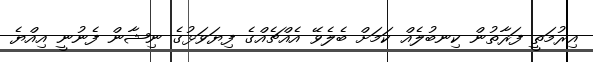
އިރުމަތީ ފަރާތުން ކިނބުލެއް ކަމަށް ބެލެވޭ އެއްޗެއްގެ ފިޔަވަޅުގެ ނިޝާން ފެނުނީ އިއްޔެ